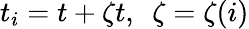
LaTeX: t_{i}=t+\zeta t,\, \, \, \zeta=\zeta(i)